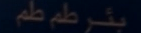
بئرٌ طمٌ